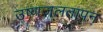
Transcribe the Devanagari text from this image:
उष्णजलतापन